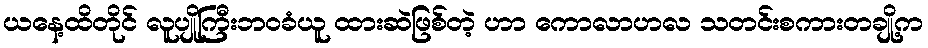
ယနေ့ထိတိုင် လူပျိုကြီးဘဝခံယူ ထားဆဲဖြစ်တဲ့ ဟာ ကောလာဟလ သတင်းစကားတချို့က